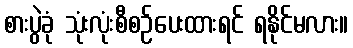
စားပွဲခုံ သုံးလုံးစီစဉ်ပေးထားရင် ရနိုင်မလား။